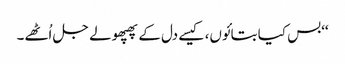
‘‘بس کیا بتائوں، کیسے دل کے پھپھولے جل اُٹھے۔